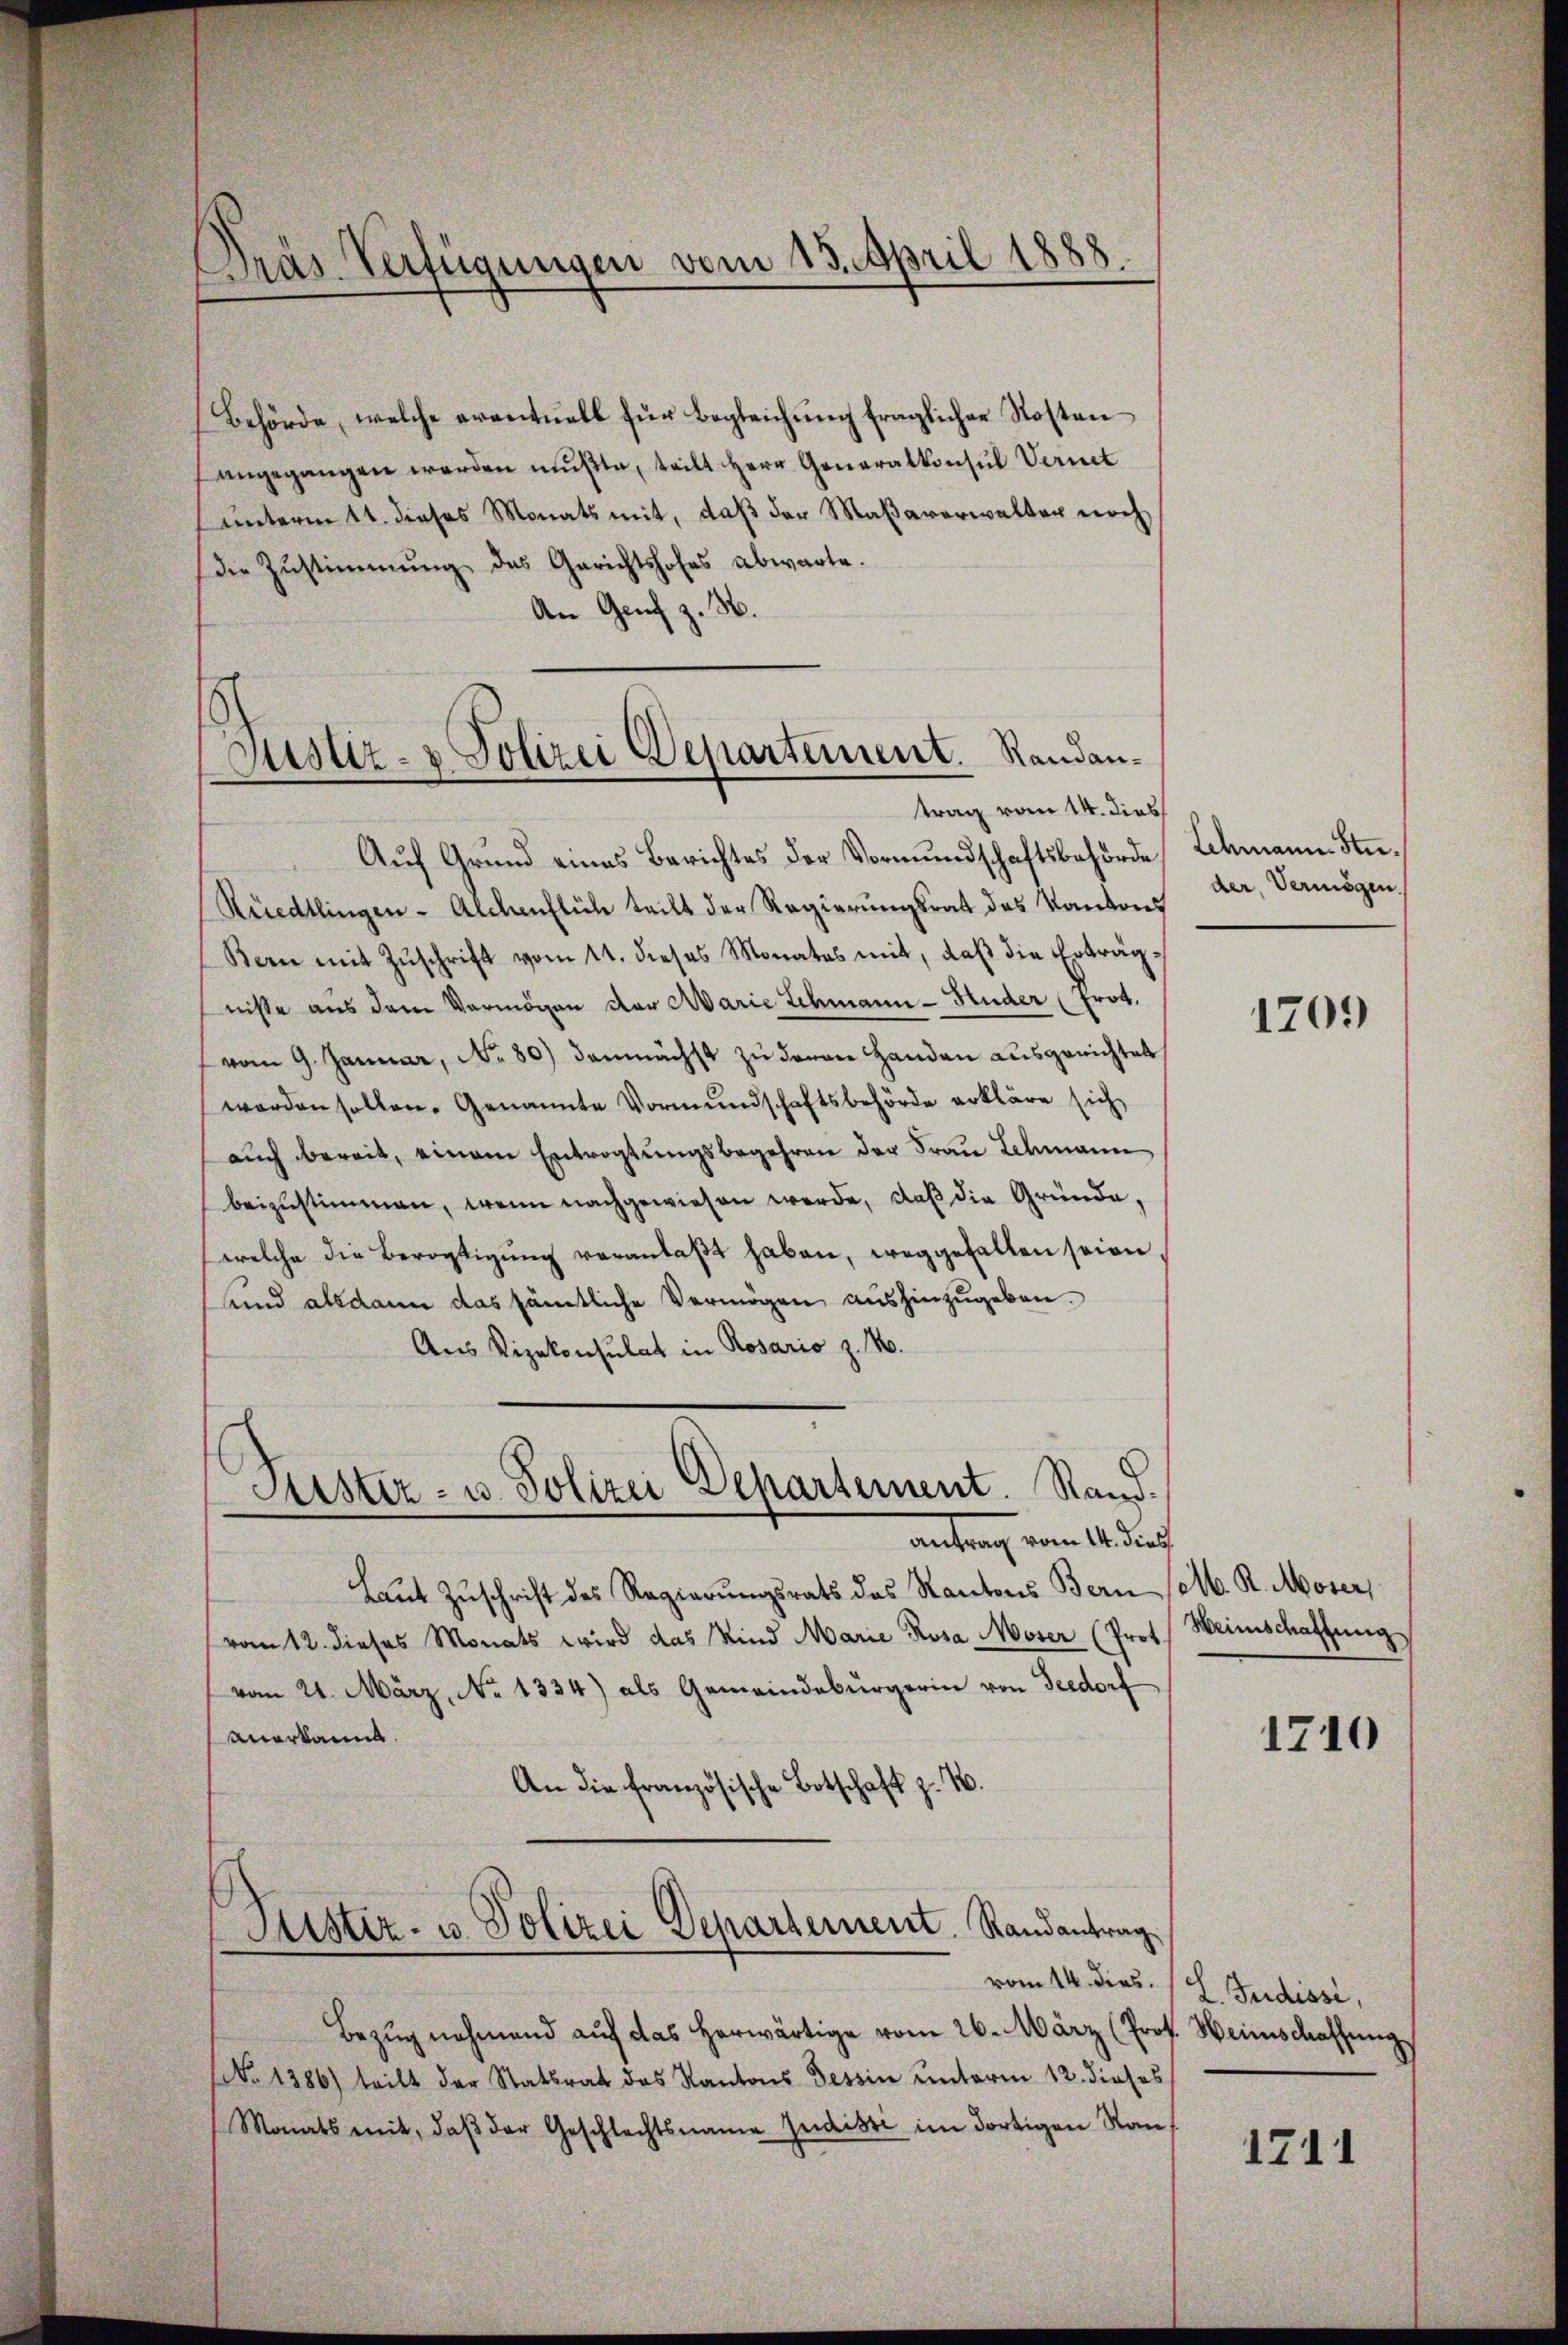
Pras Verfügungen vom 13. April 1888

Behörde, welche eventuell für Begleichung fraglicher Kostenangegangen werden mußte, teilt Herr Generalkonsul Vernet
unterm 11. dieses Monats mit, daß der Maßaverwalter noch
die Zŭstimmung des Gerichtshofes abwarte.
An Genf z. B.
Justiz- & Polizei Departement. Randan¬

Auf Grund eines Berichtes der Vormundschaftsbehörde
Rüedtlingen - Alchenflich teilt der Regierungsrat des Kantons
Bern mit Zuschrift vom 11. dieses Monates mit, daß die Erträgnisse aus dem Vermögen der Marie Schmann-Huder (Frot.
vom 9. Januar, No. 80) demnächst zu deren Handen ausgerichtet
worden sollen. Genannte Vormundschaftsbehörde erkläre sich
aŭch bereit, einem Entvogtungsbegehren der Frau Schmann
beizustimmen, wenn nachgewiesen werde, daß die Gründe,
welche die Bevogtigung veranlaßt haben, weggefallen seien
sund alsdann das sämtliche Vermögen aushinzugeben.
Aus Vizekonsulat in Rosario z. No.
Puster- u. Polizei Departement. Stand.
antrag vom 14. der
Laŭt Zŭschrift des Regierŭngsrats des Kantons Bern selb. R. Moser,
vom 12. dieses Monats wird das Kind Marie Rosa Moser (Prot
vom 21. März, No 1334) als Gemeindebürgerin von Seedorf
anerkannt.
An die französische Botschaft z. B.

trag vom 14. dies

Justiz- u. Polizei Departement. Randantrag

vom 14. dies.
Bezŭg nehmend aŭf das herwärtige vom 26. März (Prof. Weinschaffŭng
(No 1386) teilt der Statsrat des Kantons Tessin unterm 12. dieses
Monats mit, daβ der Geschlechtsname Judisti im dortigen Rauf

Ichmann Studer, Vermögen.

1709

Weinschaftung

1710

L. Judisse,

1711